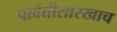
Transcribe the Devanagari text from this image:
पार्वतीसारखाच